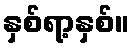
နှစ်ရာ့နှစ်။